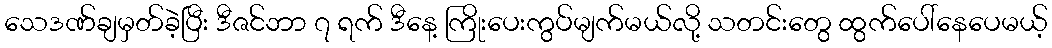
သေဒဏ်ချမှတ်ခဲ့ပြီး ဒီဇင်ဘာ ၇ ရက် ဒီနေ့ ကြိုးပေးကွပ်မျက်မယ်လို့ သတင်းတွေ ထွက်ပေါ်နေပေမယ့်